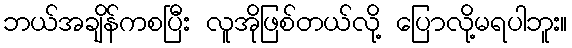
ဘယ်အချိန်ကစပြီး လူအိုဖြစ်တယ်လို့ ပြောလို့မရပါဘူး။